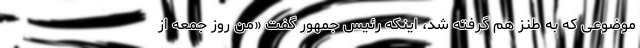
موضوعی که به طنز هم گرفته شد، اینکه رئیس جمهور گفت «من روز جمعه از